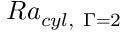
R a _ { c y l , \ \Gamma = 2 }